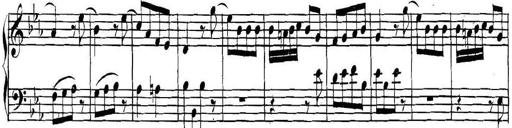
Title: Collected Piano Sonatas
Composer: Muzio Clementi